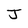
Character: J